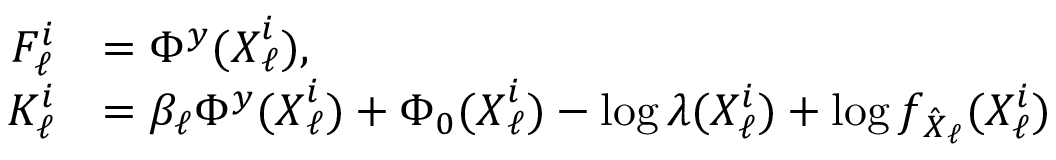
\begin{array} { r l } { F _ { \ell } ^ { i } } & { = \Phi ^ { y } ( { \boldsymbol X } _ { \ell } ^ { i } ) , } \\ { K _ { \ell } ^ { i } } & { = \beta _ { \ell } \Phi ^ { y } ( { \boldsymbol X } _ { \ell } ^ { i } ) + \Phi _ { 0 } ( { \boldsymbol X } _ { \ell } ^ { i } ) - \log \lambda ( X _ { \ell } ^ { i } ) + \log f _ { \hat { \boldsymbol X } _ { \ell } } ( X _ { \ell } ^ { i } ) } \end{array}